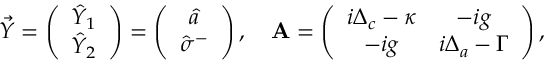
\vec { Y } = \left( \begin{array} { c } { \hat { Y } _ { 1 } } \\ { \hat { Y } _ { 2 } } \end{array} \right) = \left( \begin{array} { c } { \hat { a } } \\ { \hat { \sigma } ^ { - } } \end{array} \right) , \quad \mathbf { A } = \left( \begin{array} { c c } { i \Delta _ { c } - \kappa } & { - i g } \\ { - i g } & { i \Delta _ { a } - \Gamma } \end{array} \right) ,